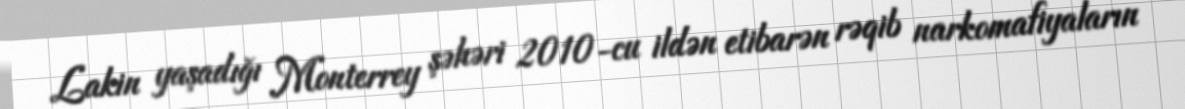
Lakin yaşadığı Monterrey şəhəri 2010-cu ildən etibarən rəqib narkomafiyaların